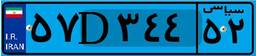
۵۷D۳۴۴۵۲